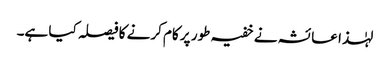
لہٰذا عائشہ نے خفیہ طور پر کام کرنے کا فیصلہ کیا ہے۔